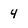
Character: 4